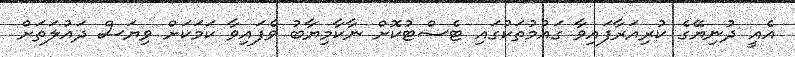
އެއީ ދުނިޔޭގެ ކުރިއަރާފައިވާ ގައުމުތަކުގައި ޓެސްޓުކޮށް ނާކާމިޔާބު ވެފައިވާ ކަމަކަށް ވިޔަސް ދައުލަތަށް